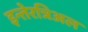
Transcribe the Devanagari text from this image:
इन्तेरत्रिअल